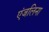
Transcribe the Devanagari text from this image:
एंजलिना